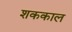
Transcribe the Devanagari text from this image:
शककाल